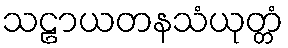
သဠာယတနသံယုတ္တံ